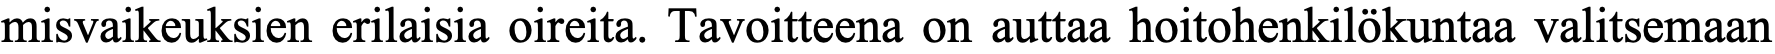
misvaikeuksien erilaisia oireita. Tavoitteena on auttaa hoitohenkilökuntaa valitsemaan